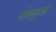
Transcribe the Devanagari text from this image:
पंचभुजा